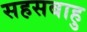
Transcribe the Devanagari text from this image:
सहसबाहु